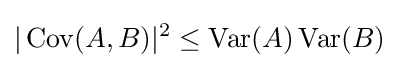
|\operatorname {Cov} (A,B)|^{2}\leq \operatorname {Var} (A)\operatorname {Var} (B)